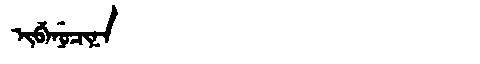
Manchu: ᡳᠪᡝᠨᡠᠴᡳᠨᠠ
Romanization: IBENUCINA